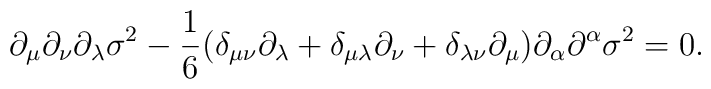
\partial_\mu\partial_\nu\partial_\lambda\sigma^2-\frac{1}{6}(\delta_{\mu\nu}\partial_\lambda+\delta_{\mu\lambda}\partial_\nu+\delta_{\lambda\nu}\partial_\mu)\partial_\alpha\partial^\alpha\sigma^2=0.